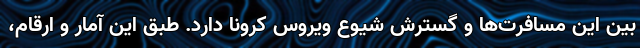
بین این مسافرت‌ها و گسترش شیوع ویروس کرونا دارد. طبق این آمار و ارقام،